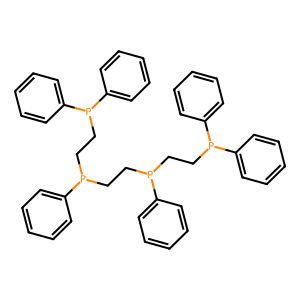
SMILES: c1ccc(P(CCP(CCP(c2ccccc2)c2ccccc2)c2ccccc2)CCP(c2ccccc2)c2ccccc2)cc1
Inhibits HIV replication: No